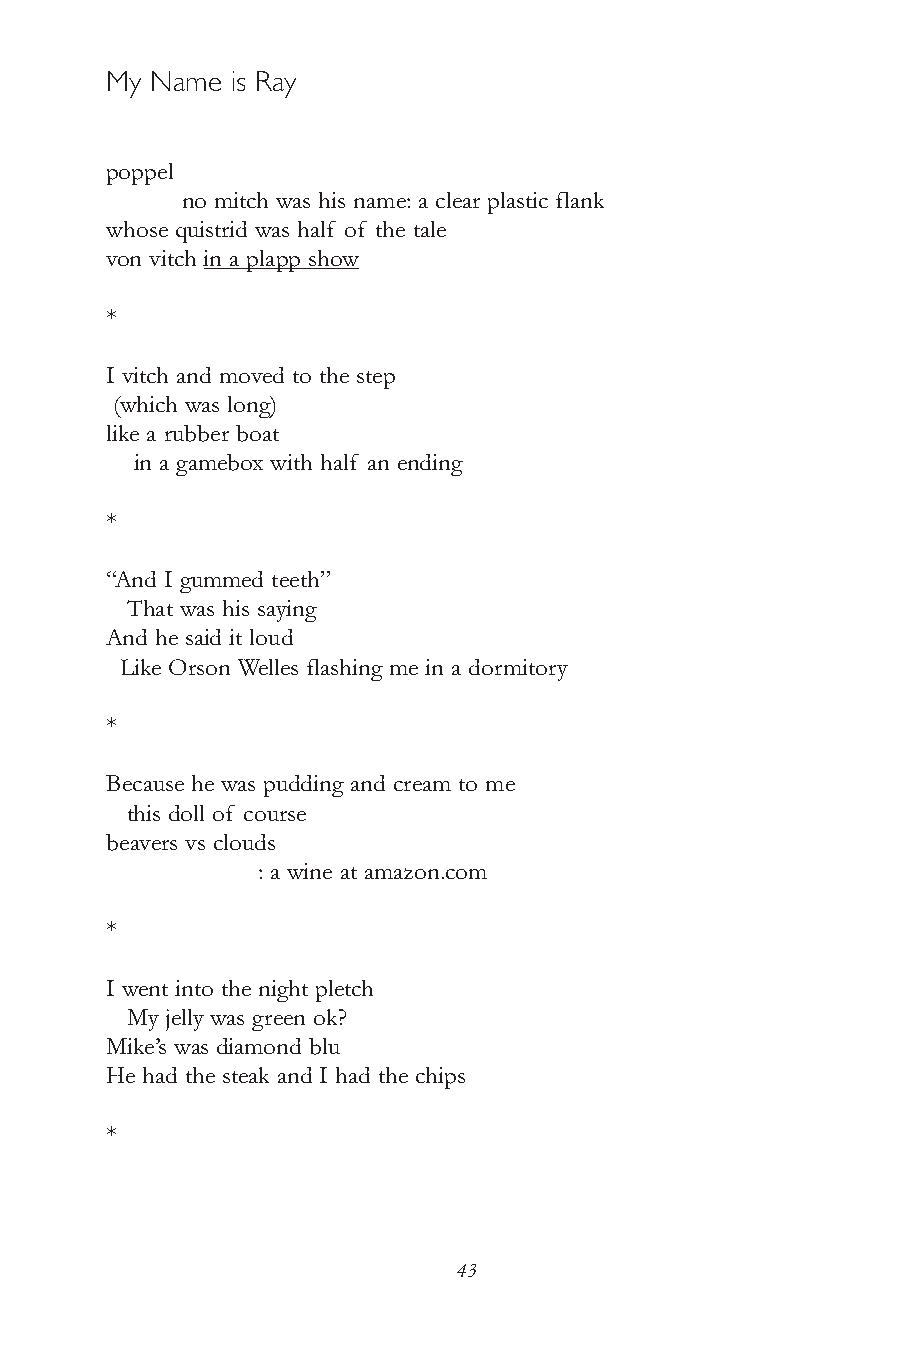
My Name is Ray
 poppel
 no mitch was his name: a clear plastic flank
 whose quistrid was half of the tale
 von vitch in a plapp show
 *
 I vitch and moved to the step
 (which was long)
 like a rubber boat
 in a gamebox with half an ending
 *
 “And I gummed teeth”
 That was his saying
 And he said it loud
 Like Orson Welles flashing me in a dormitory
 *
 Because he was pudding and cream to me
 this doll of course
 beavers vs clouds
 : a wine at amazon.com
 *
 I went into the night pletch
 My jelly was green ok?
 Mike’s was diamond blu
 He had the steak and I had the chips
 *
 43